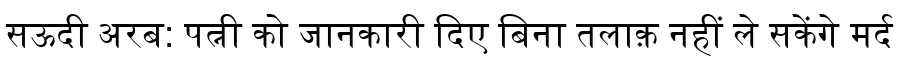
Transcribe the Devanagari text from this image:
सऊदी अरब: पत्नी को जानकारी दिए बिना तलाक़ नहीं ले सकेंगे मर्द